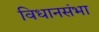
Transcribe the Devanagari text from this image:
विधानसंभा